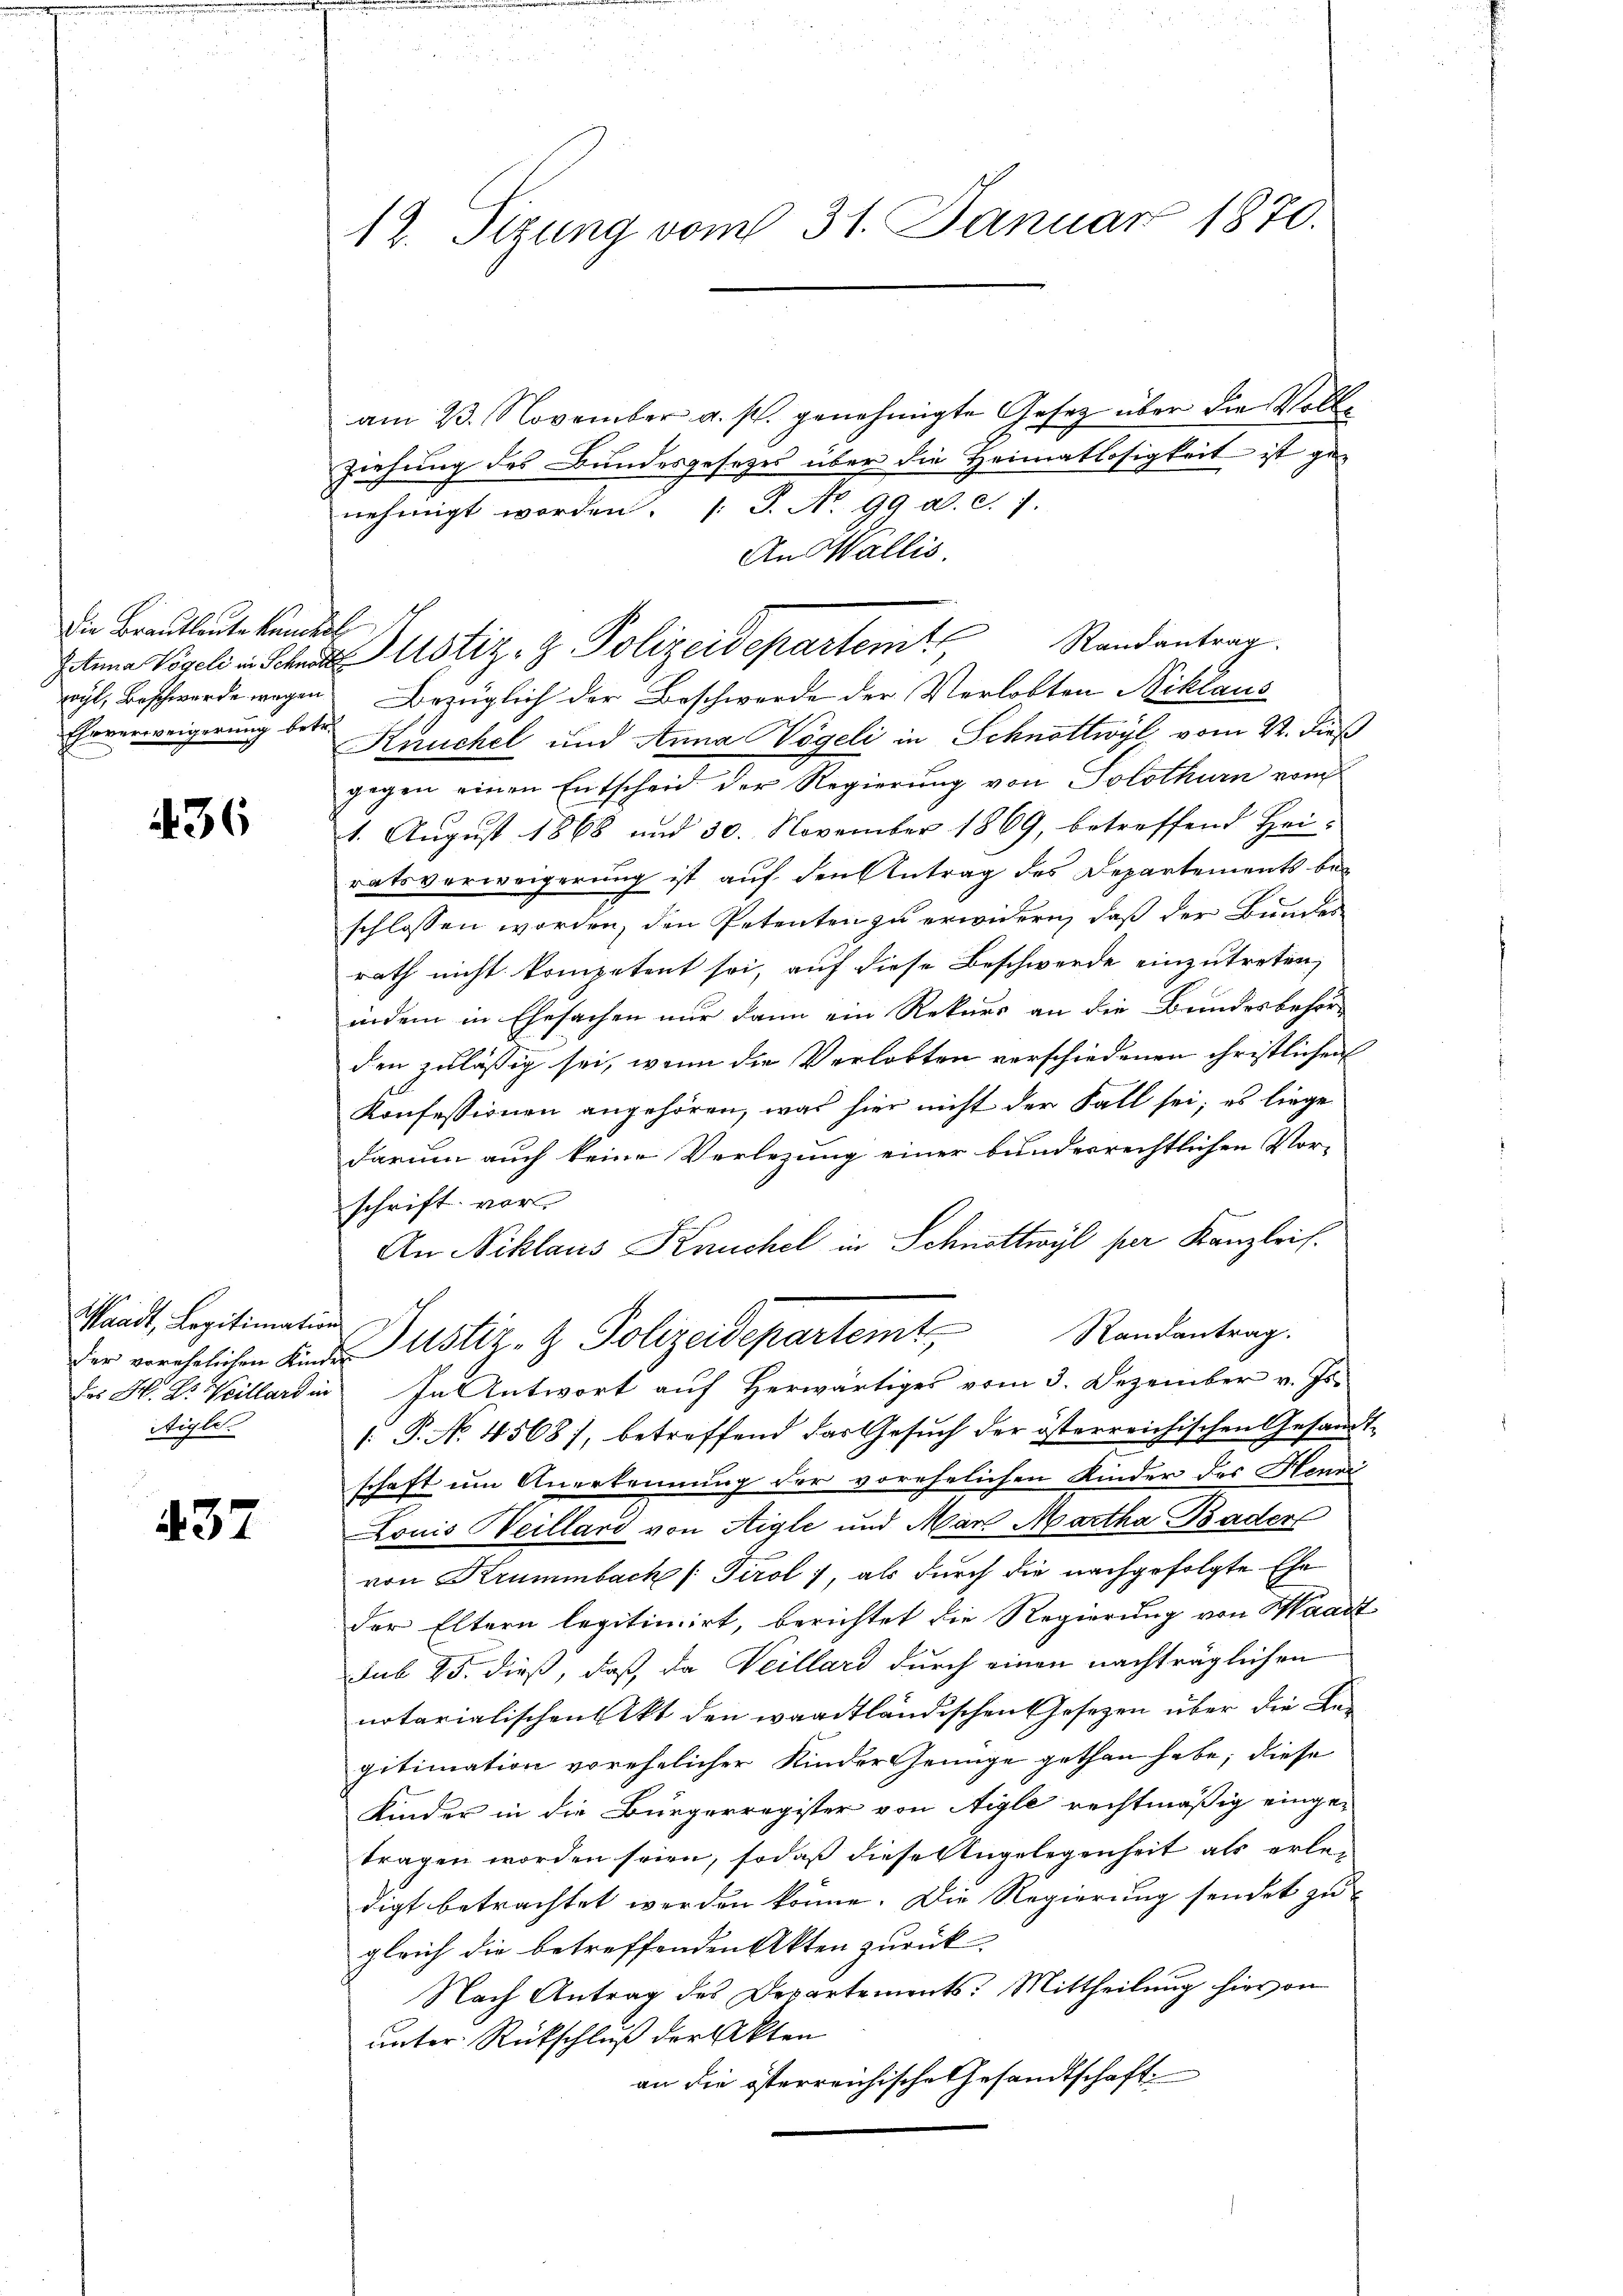
Die Brautleute kanton
Ehrverweigerung betr.

36

Waadt, Legitimations
des M. D. Weillard in
Aigle.

437

12. Sizung vom 31. Januar 1870.

am 23. November a. p. genehmigte Gesetz über die Vollziehung des Bundesgesetzes über die Heimatlosigkeit ist genehmigt worden. (T. No. 99 d. d. 7.
An Wallis.
Situa Vogel in Schad ustiz- & Polizeidepartent Randantrag.
wyl, Beschwerde wegen Bezüglich der Beschwerde der Verlobten Niklaus
Kuuchel und Anna Vögeli in Schnottwyl vom 22. dieß
gegen einen Entscheid der Regierung von Solothurn vom
1. August 1868 und 30. November 1869, betreffend Hei-
ratsverweigerung ist auf den Antrag des Departements beschlossen worden, den Petenten zu erwidern, daß der Bundes
rath nicht kompetent sei, auf diese Beschwerde einzutreten,
indem in Ehesachen nur dann ein Rekurs an die Bundesbehör-
den zulässig sei, wenn die Verlobten verschiedenen christlichen
Konfessionen angehören, was hier nicht der Fall sei; es liege
darum auch keine Verlegung einer bundesrechtlichen Vor-
schrift vor
An Niklaus Keuchel in Schnottwyl per Kanzleis
Der verehelichen Eines ustiz- & Polizeidepartemt Randantrag.
In Antwort auf Herwärtiges vom 3. Dezember v. Js.
[P. No. 4568), betreffend das Gesuch der österreichischen Gesandtschaft um Anerkennung der vorehelichen Kinder des Henni
Louis Weillard von Aigle und Mar. Martha Bader
von Krummbach /: Tirol, als durch die nachgefolgte Ehe
der Eltern legitimirt, berichtet die Regierung von Waadt
sub 25. dieß, daß, da Veillard durch einen nachträglichen
notarialischen Akt den waadtländischen Gesetzen über die Begitimation vorehelicher Kinder Genüge gethan habe; diese
Kinder in die Bürgerregister von Aigle rechtmäßig eingetragen worden seien, sodaß diese Angelegenheit als erlei
digt betrachtet werden könne. Die Regierung sendet zu
gleich die betreffenden Akten zurück-
Nach Antrag des Departements: Mittheilung hievon
unter Rückschluß der Akten
an die österreichische Gesandtschaft